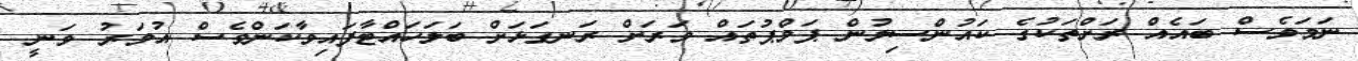
ނަމަވެސް ބައެއް ރަަށްތަކުގެ ކައުންސިލުން ޕަމްޕުތައް ވަރަށް ރަނގަޅަށް ބަލަހައްޓާފައިވާކަންވެސް އުމަރު ވަނީ